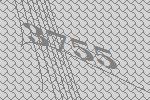
3755